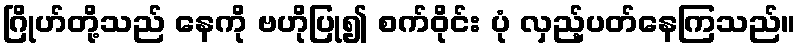
ဂြိုဟ်တို့သည် နေကို ဗဟိုပြု၍ စက်ဝိုင်း ပုံ လှည့်ပတ်နေကြသည်။